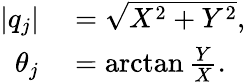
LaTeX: \begin{array}{rl}{\lvert q_{j}\rvert}&{{}=\sqrt{X^{2}+Y^{2}},}\\ {\theta_{j}}&{{}=\arctan\frac{Y}{X}.}\end{array}